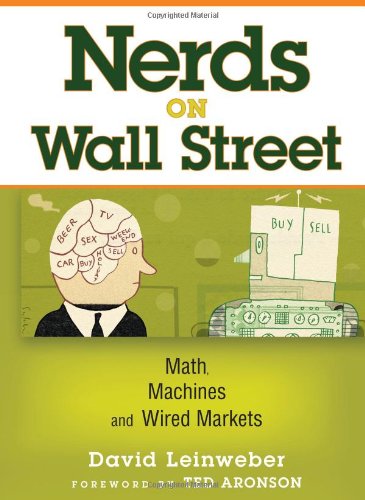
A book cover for Nerds on Wall Street: Math, Machines and Wired Markets; David J. Leinweber; Business & Money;